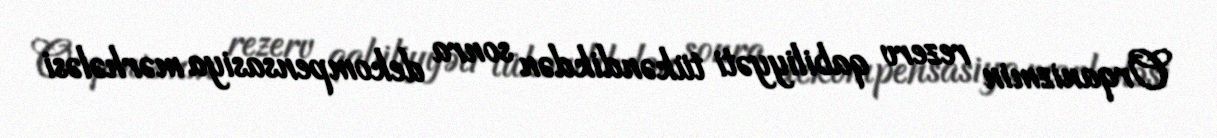
Orqanizmin rezerv qabiliyyəti tükəndikdən sonra dekompensasiya mərhələsi